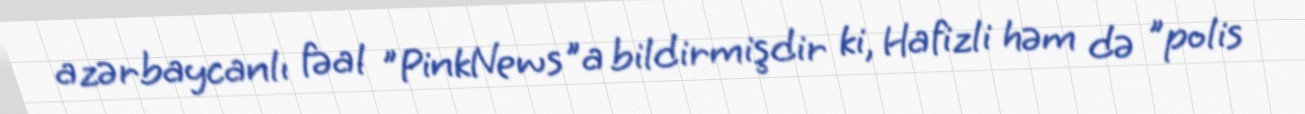
azərbaycanlı fəal "PinkNews"a bildirmişdir ki, Hafizli həm də "polis